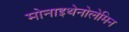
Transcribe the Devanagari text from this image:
मोनाइथेनोलेमिन